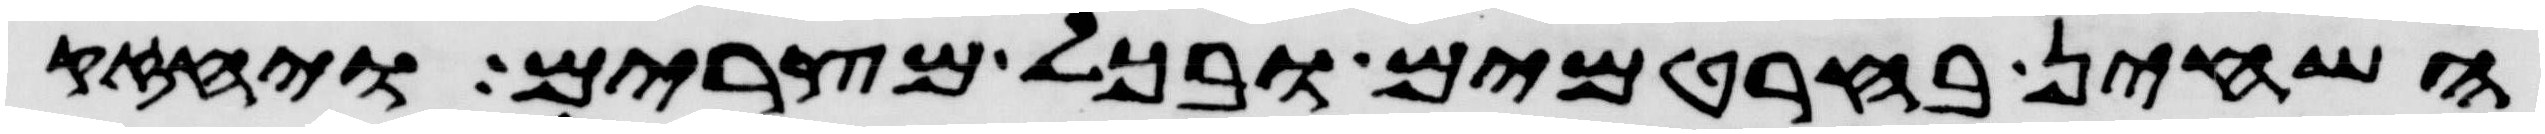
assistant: השחין בחרטמים ובכל מצרים ויחזק